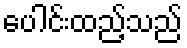
ပေါင်းထည့်သည်